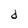
Character: d